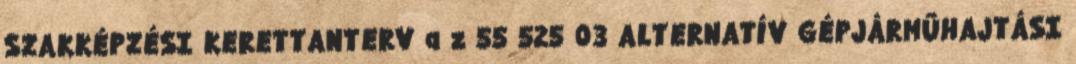
SZAKKÉPZÉSI KERETTANTERV a z 55 525 03 ALTERNATÍV GÉPJÁRMŰHAJTÁSI